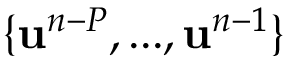
\{ \mathbf { u } ^ { n - P } , . . . , \mathbf { u } ^ { n - 1 } \}